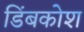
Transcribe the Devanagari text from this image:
डिंबकोश